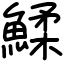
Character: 鰇